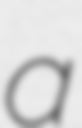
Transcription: a